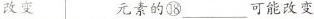
改变元素的⑱___可能改变